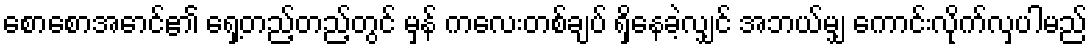
စောစောအောင်၏ ရှေ့တည့်တည့်တွင် မှန် ကလေးတစ်ချပ် ရှိနေခဲ့လျှင် အဘယ်မျှ ကောင်းလိုက်လှပါမည်